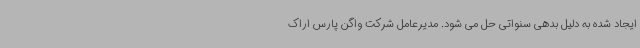
ایجاد شده به دلیل بدهی سنواتی حل می شود. مدیرعامل شرکت واگن پارس اراک